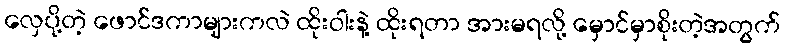
လှေပို့တဲ့ ဖောင်ဒကာများကလဲ ထိုးဝါးနဲ့ ထိုးရတာ အားမရလို့ မှောင်မှာစိုးတဲ့အတွက်